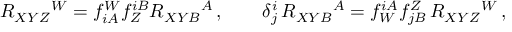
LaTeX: R _ { X Y Z } { } ^ { W } = f _ { i A } ^ { W } f _ { Z } ^ { i B } { \cal R } _ { X Y B } { } ^ { A } \, , \qquad \delta _ { j } ^ { i } \, { \cal R } _ { X Y B } { } ^ { A } = f _ { W } ^ { i A } f _ { j B } ^ { Z } \, R _ { X Y Z } { } ^ { W } \, ,